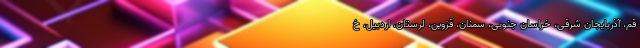
قم، آذربایجان شرقی، خراسان جنوبی، سمنان، قزوین، لرستان، اردبیل، خ